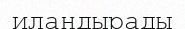
иландырады